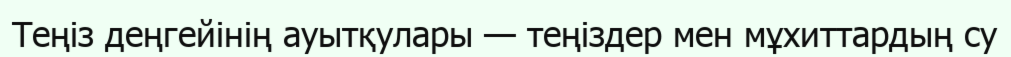
Теңіз деңгейінің ауытқулары — теңіздер мен мұхиттардың су